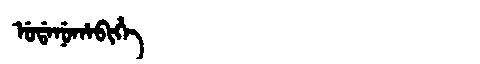
Manchu: ᡠᡩᠠᠨᡠᡥᠠᠪᡳᡥᡝ
Romanization: UDANUHABIHE